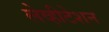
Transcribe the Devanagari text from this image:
लेव्हीटेशन